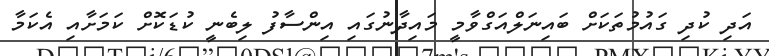
އަދި ކުދި ގައުމުތަކަށް ބައިނަލްއަގްވާމީ މައިދާނުގައި އިންސާފު ލިބެނީ ކުޑަކޮށް ކަމަށާއި އެކަމާ